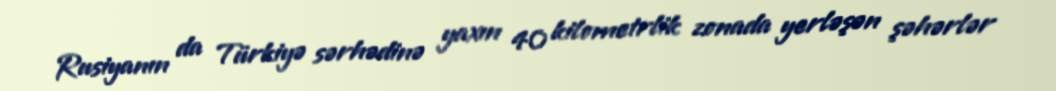
Rusiyanın da Türkiyə sərhədinə yaxın 40 kilometrlik zonada yerləşən şəhərlər